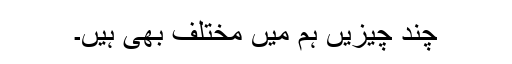
چند چيزيں ہم ميں مختلف بھی ہیں۔